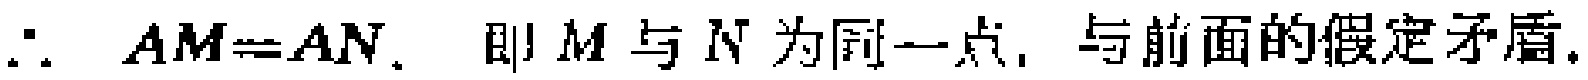
\(\therefore AM = AN.\) 即 \(M\) 与 \(N\) 为同一点, 与前面的假定矛盾.